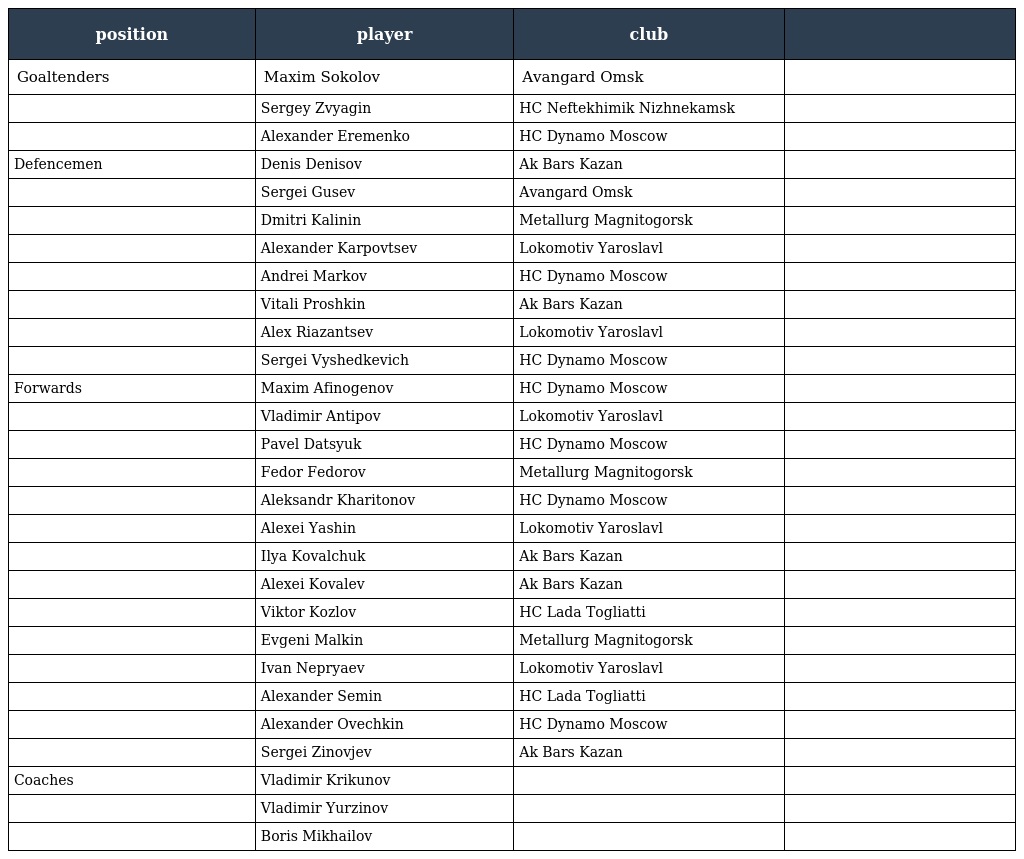
| position | player | club |  |
 | --- | --- | --- | --- |
 | Goaltenders | Maxim Sokolov | Avangard Omsk |  |
 |  | Sergey Zvyagin | HC Neftekhimik Nizhnekamsk |  |
 |  | Alexander Eremenko | HC Dynamo Moscow |  |
 | Defencemen | Denis Denisov | Ak Bars Kazan |  |
 |  | Sergei Gusev | Avangard Omsk |  |
 |  | Dmitri Kalinin | Metallurg Magnitogorsk |  |
 |  | Alexander Karpovtsev | Lokomotiv Yaroslavl |  |
 |  | Andrei Markov | HC Dynamo Moscow |  |
 |  | Vitali Proshkin | Ak Bars Kazan |  |
 |  | Alex Riazantsev | Lokomotiv Yaroslavl |  |
 |  | Sergei Vyshedkevich | HC Dynamo Moscow |  |
 | Forwards | Maxim Afinogenov | HC Dynamo Moscow |  |
 |  | Vladimir Antipov | Lokomotiv Yaroslavl |  |
 |  | Pavel Datsyuk | HC Dynamo Moscow |  |
 |  | Fedor Fedorov | Metallurg Magnitogorsk |  |
 |  | Aleksandr Kharitonov | HC Dynamo Moscow |  |
 |  | Alexei Yashin | Lokomotiv Yaroslavl |  |
 |  | Ilya Kovalchuk | Ak Bars Kazan |  |
 |  | Alexei Kovalev | Ak Bars Kazan |  |
 |  | Viktor Kozlov | HC Lada Togliatti |  |
 |  | Evgeni Malkin | Metallurg Magnitogorsk |  |
 |  | Ivan Nepryaev | Lokomotiv Yaroslavl |  |
 |  | Alexander Semin | HC Lada Togliatti |  |
 |  | Alexander Ovechkin | HC Dynamo Moscow |  |
 |  | Sergei Zinovjev | Ak Bars Kazan |  |
 | Coaches | Vladimir Krikunov |  |  |
 |  | Vladimir Yurzinov |  |  |
 |  | Boris Mikhailov |  |  |